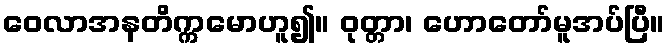
ဝေလာအနတိက္ကမောဟူ၍။ ဝုတ္တာ၊ ဟောတော်မူအပ်ပြီ။